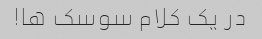
در یک کلام سوسک ها!